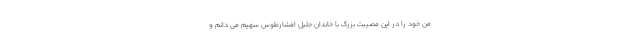
من خود را در این مصیبت بزرگ با خاندان جلیل افشارطوس سهیم می دانم و